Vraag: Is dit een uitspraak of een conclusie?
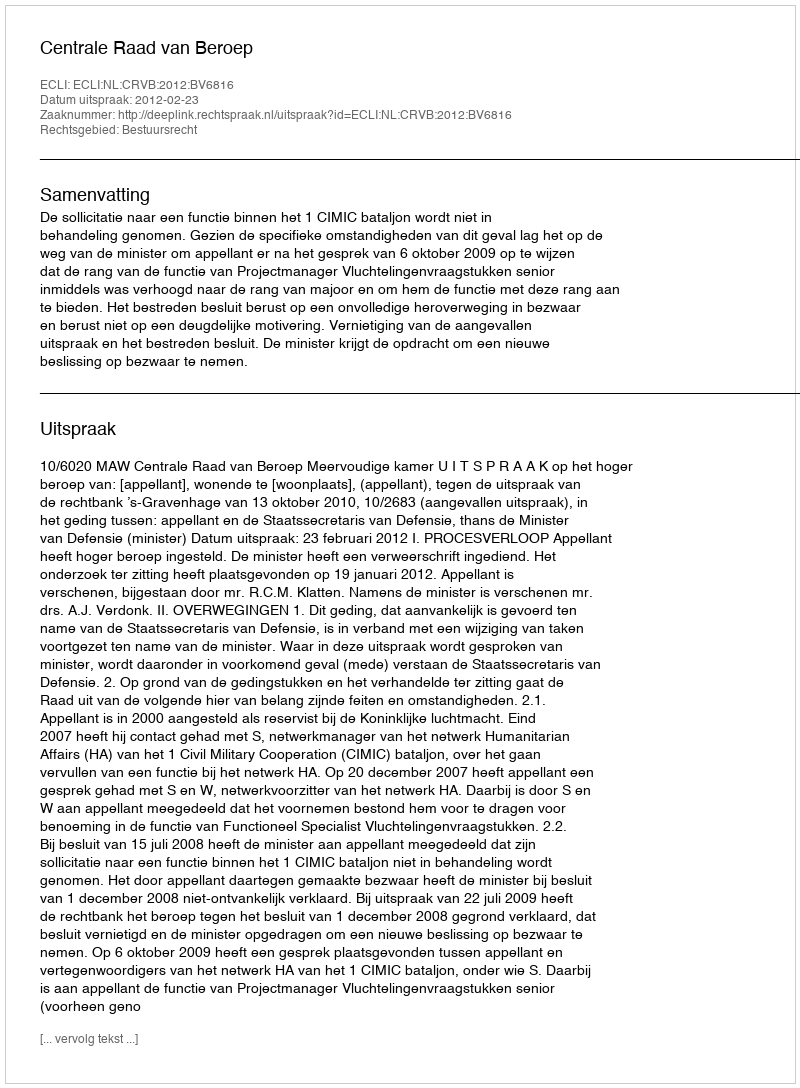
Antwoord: Uitspraak